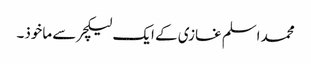
محمد اسلم غازی کے ایک لیکچر سے ماخوذ۔